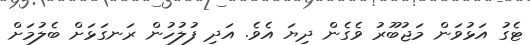
ޓެގު އަޅުވަން މަޖުބޫރު ވެގެން ދިޔަ އެވެ. އަދި ފުލުހުން ރަނގަޅަށް ބެލުމަށް